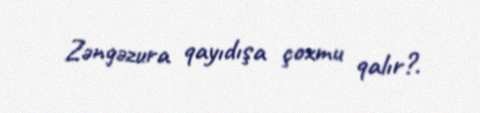
Zəngəzura qayıdışa çoxmu qalır?.